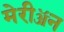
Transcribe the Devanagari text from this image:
मेरीॲन